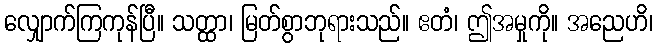
လျှောက်ကြကုန်ပြီ။ သတ္ထာ၊ မြတ်စွာဘုရားသည်။ ဧတံ၊ ဤအမှုကို။ အညေဟိ၊